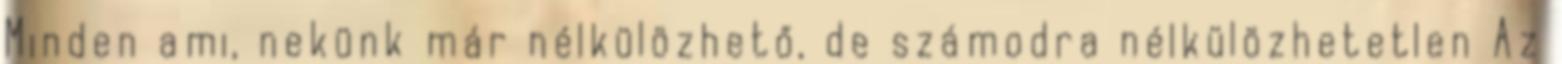
Minden ami, nekünk már nélkülözhető, de számodra nélkülözhetetlen Az